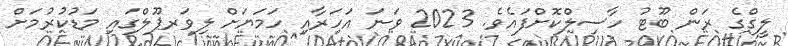
ލީގްގެ ރަން ބޫޓު ހާސިލްކޮށްފައެވެ. 2023 ވަނަ އަހަރާއި ހަމަޔަށް ލިވަރޕޫލްގައި މަޑުކުރުމަށް